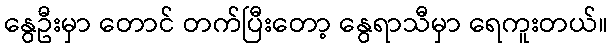
နွေဦးမှာ တောင် တက်ပြီးတော့ နွေရာသီမှာ ရေကူးတယ်။